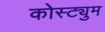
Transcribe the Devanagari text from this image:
कोस्ट्युम